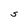
Character: S